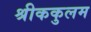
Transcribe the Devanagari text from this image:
श्रीककुलम